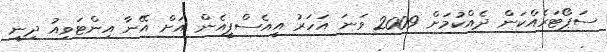
ސަޕޯޓަރެއްކަން ދެއްކުމަށް 2009 ވަނަ އަހަރު އީއެސްޕީއެން އަށް އޭނާ އިންޓަވިއު ދިނީ